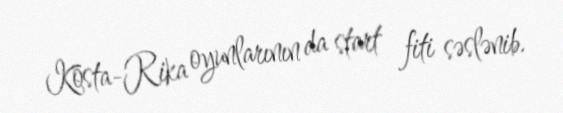
Kosta-Rika oyunlarının da start fiti səslənib.